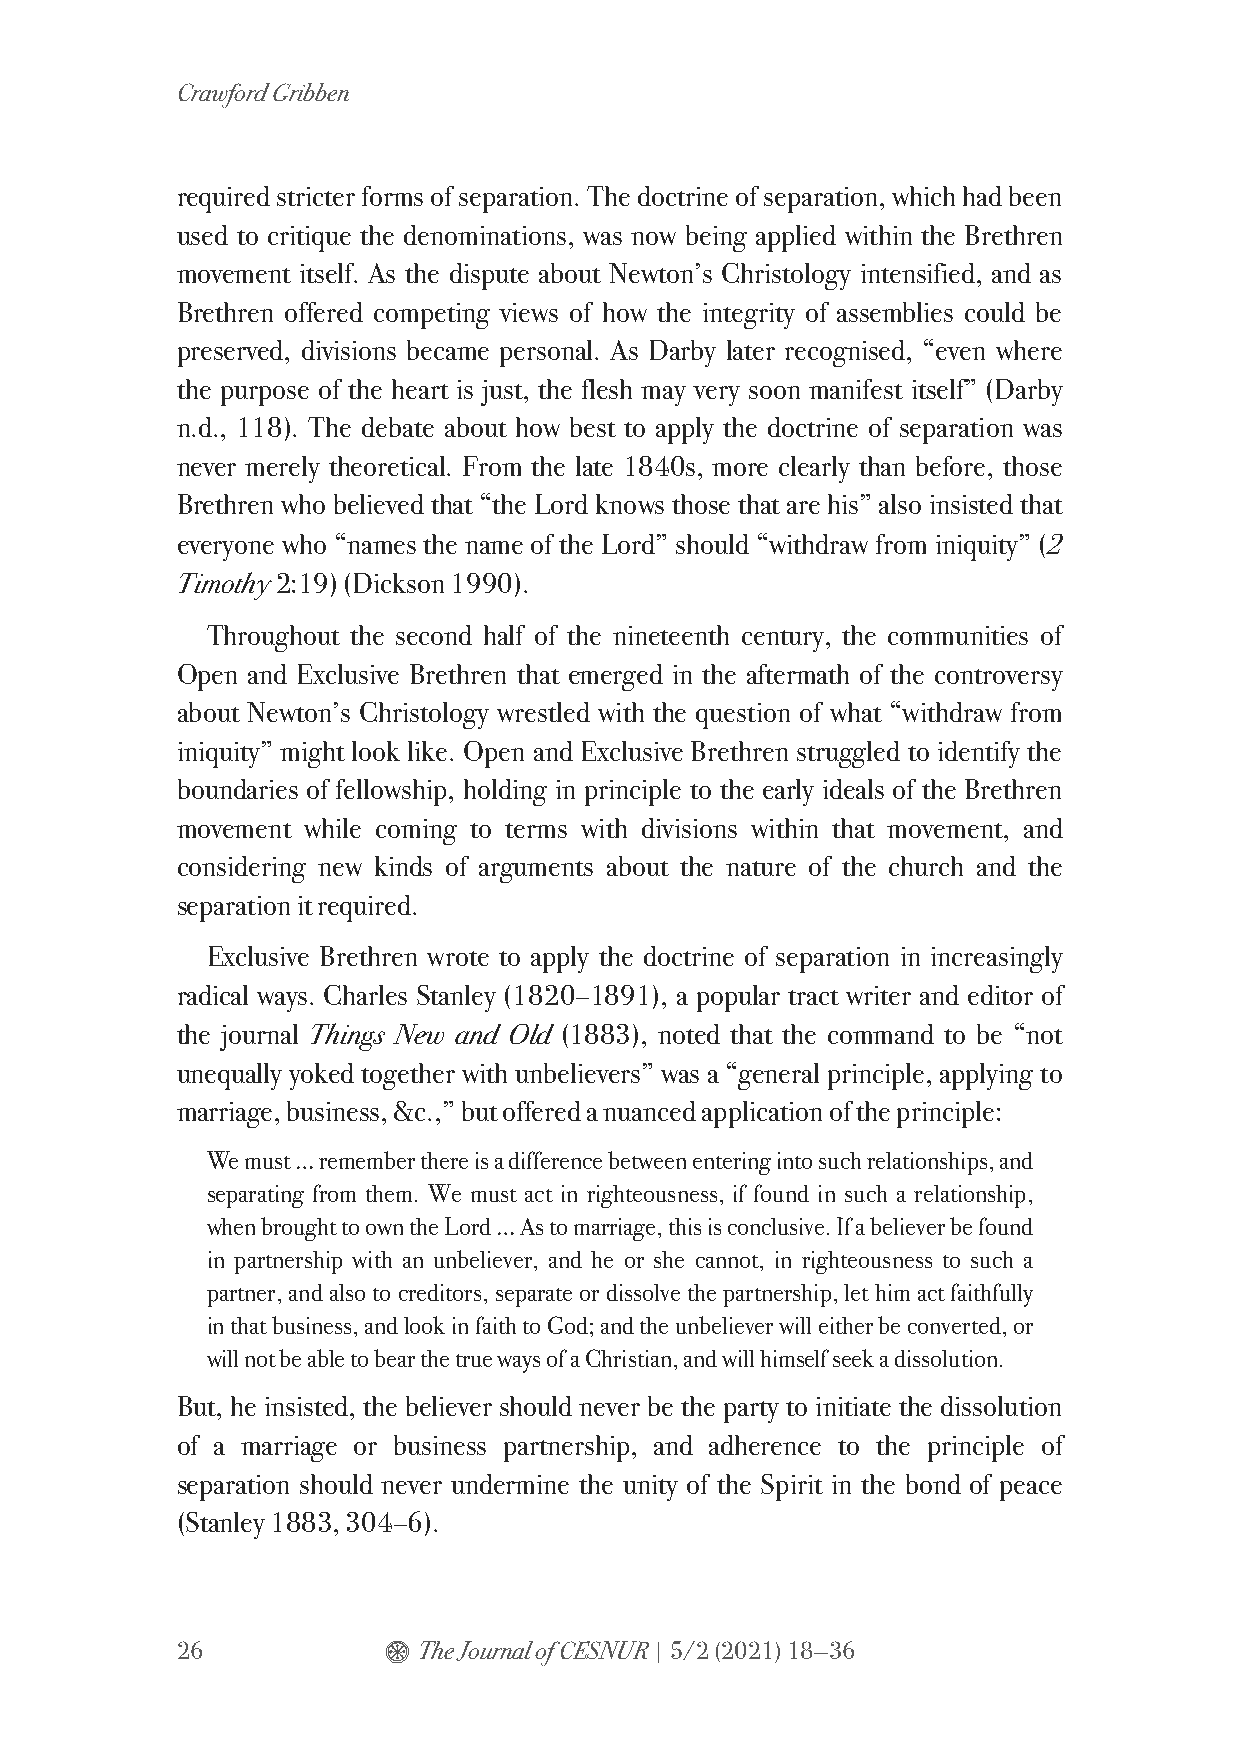
Crawford Gribben
 required stricter forms of separation. The doctrine of separation, which had been
 used to critique the denominations, was now being applied within the Brethren
 movement itself. As the dispute about Newton’s Christology intensified, and as
 Brethren offered competing views of how the integrity of assemblies could be
 preserved, divisions became personal. As Darby later recognised, “even where
 the purpose of the heart is just, the flesh may very soon manifest itself” (Darby
 n.d., 118). The debate about how best to apply the doctrine of separation was
 never merely theoretical. From the late 1840s, more clearly than before, those
 Brethren who believed that “the Lord knows those that are his” also insisted that
 everyone who “names the name of the Lord” should “withdraw from iniquity” (2
 Timothy 2:19) (Dickson 1990).
 Throughout the second half of the nineteenth century, the communities of
 Open and Exclusive Brethren that emerged in the aftermath of the controversy
 about Newton’s Christology wrestled with the question of what “withdraw from
 iniquity” might look like. Open and Exclusive Brethren struggled to identify the
 boundaries of fellowship, holding in principle to the early ideals of the Brethren
 movement while coming to terms with divisions within that movement, and
 considering new kinds of arguments about the nature of the church and the
 separation it required.
 Exclusive Brethren wrote to apply the doctrine of separation in increasingly
 radical ways. Charles Stanley (1820–1891), a popular tract writer and editor of
 the journal Things New and Old (1883), noted that the command to be “not
 unequally yoked together with unbelievers” was a “general principle, applying to
 marriage, business, &c.,” but offered a nuanced application of the principle:
 We must … remember there is a difference between entering into such relationships, and
 separating from them. We must act in righteousness, if found in such a relationship,
 when brought to own the Lord … As to marriage, this is conclusive. If a believer be found
 in partnership with an unbeliever, and he or she cannot, in righteousness to such a
 partner, and also to creditors, separate or dissolve the partnership, let him act faithfully
 in that business, and look in faith to God; and the unbeliever will either be converted, or
 will not be able to bear the true ways of a Christian, and will himself seek a dissolution.
 But, he insisted, the believer should never be the party to initiate the dissolution
 of a marriage or business partnership, and adherence to the principle of
 separation should never undermine the unity of the Spirit in the bond of peace
 (Stanley 1883, 304–6).
 26           $  The Journal of CESNUR | 5/2 (2021) 18—36